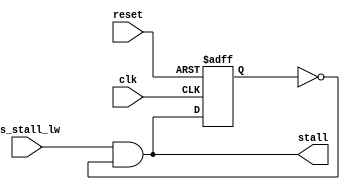
module stall_unit(
    input clk,
    input reset,
    input cs_stall_lw,
    output stall
);

reg stall1;
wire stallL = cs_stall_lw & ~stall1;
assign stall = stallL;

always @(posedge clk or negedge reset) begin
    if(!reset) begin
        stall1 <= 1'b0;
    end
    else begin
        stall1 <= stallL;
    end
end

endmodule